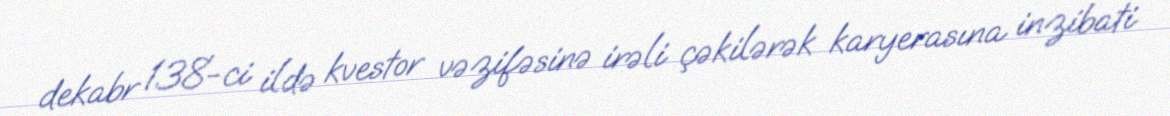
dekabr 138-ci ildə kvestor vəzifəsinə irəli çəkilərək karyerasına inzibati